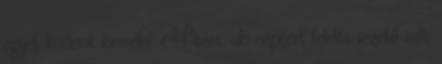
egyet kívánok kiemelni. Mózes, aki népéért felelős vezető volt,